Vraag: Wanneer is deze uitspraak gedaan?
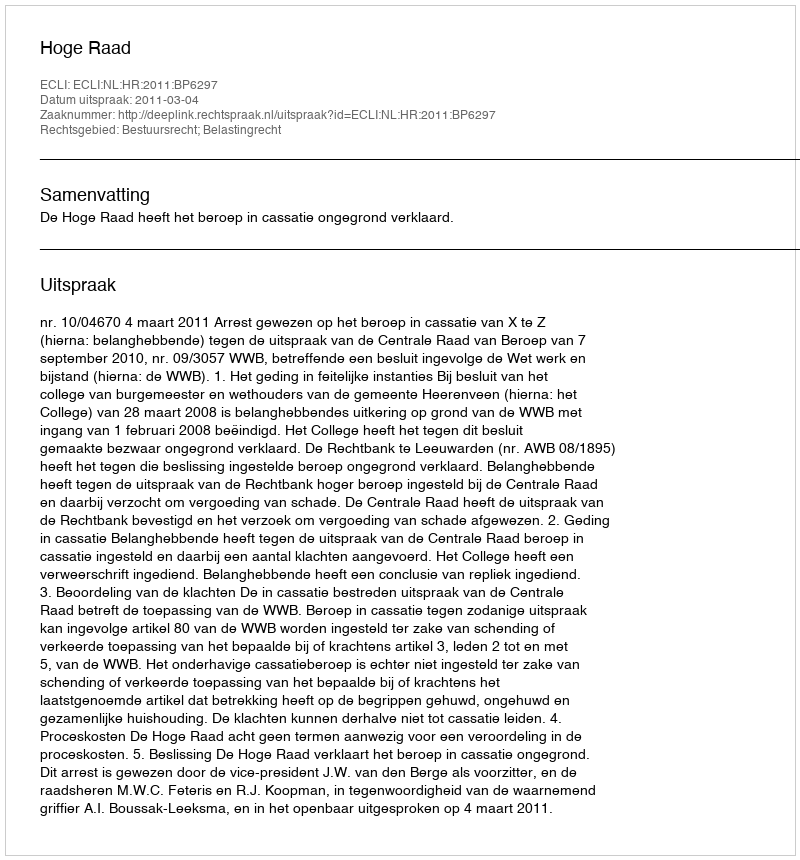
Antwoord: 2011-03-04